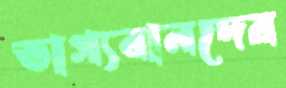
ভাগ্যবানদের